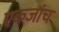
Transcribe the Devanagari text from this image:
एकजांच